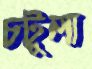
চটুলা